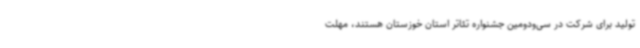
تولید برای شرکت در سی‌ودومین جشنواره تئاتر استان خوزستان هستند، مهلت